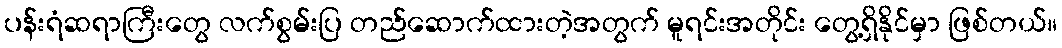
ပန်းရံဆရာကြီးတွေ လက်စွမ်းပြ တည်ဆောက်ထားတဲ့အတွက် မူရင်းအတိုင်း တွေ့ရှိနိုင်မှာ ဖြစ်တယ်။